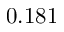
0 . 1 8 1